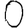
Digit: 0